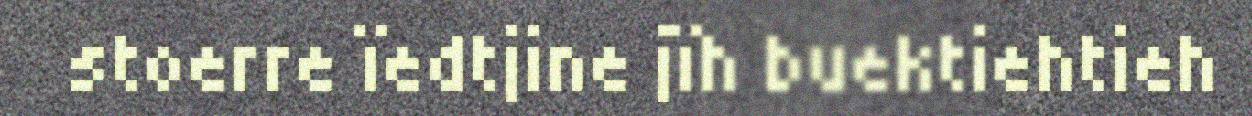
stoerre ïedtjine jïh buektiehtieh